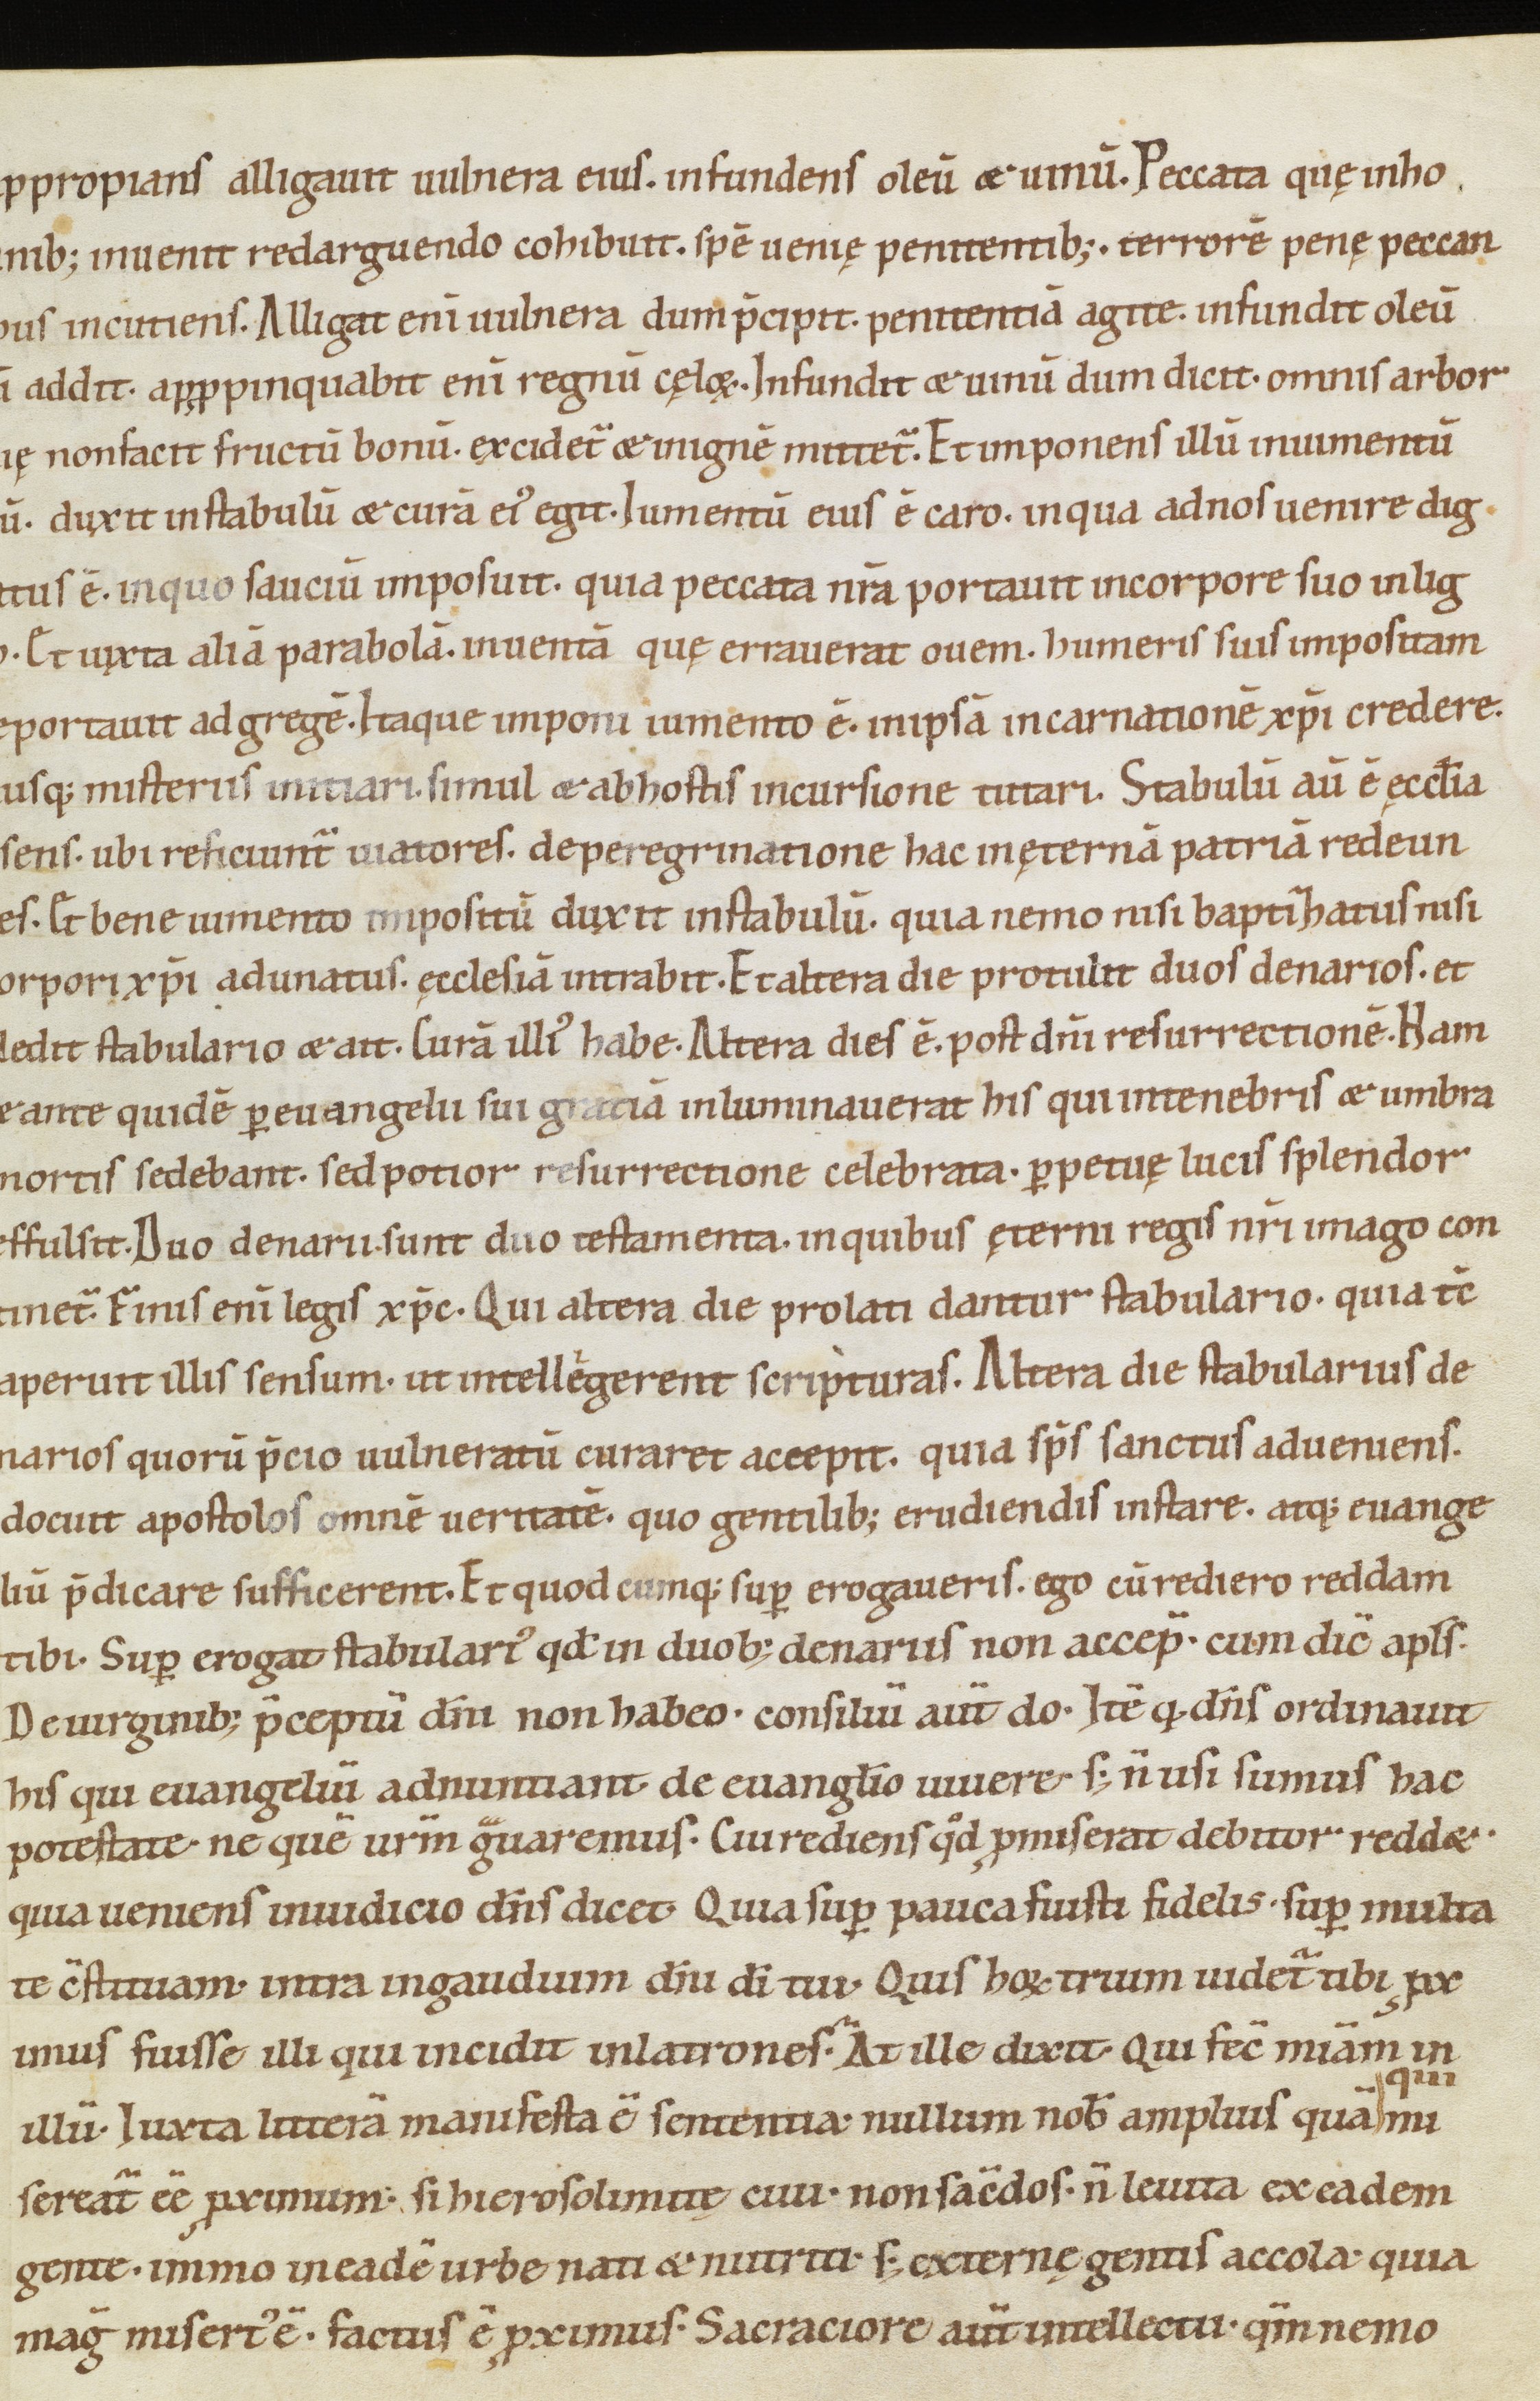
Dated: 1100–1199